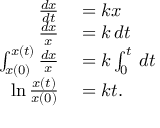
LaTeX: \begin{array} { r l } { { \frac { d x } { d t } } } & { { } = k x } \\ { { \frac { d x } { x } } } & { { } = k \, d t } \\ { \int _ { x ( 0 ) } ^ { x ( t ) } { \frac { d x } { x } } } & { { } = k \int _ { 0 } ^ { t } \, d t } \\ { \ln { \frac { x ( t ) } { x ( 0 ) } } } & { { } = k t . } \end{array}